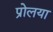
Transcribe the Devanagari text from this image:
प्रोलया